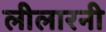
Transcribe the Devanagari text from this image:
लीलारनी